画像に写った文字を読んでください
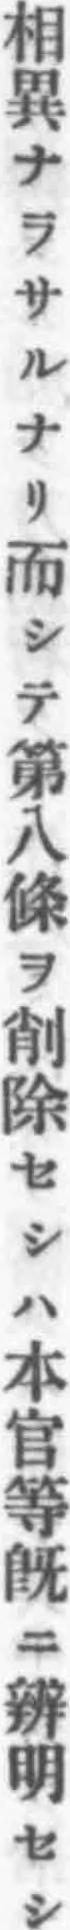
「相異ナラサルナリ而シテ第八條ヲ削除セシハ本官等既ニ辨明セシ」と書いてあります